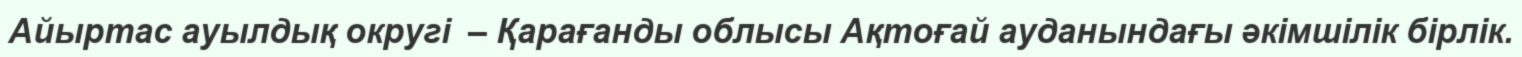
Айыртас ауылдық округі  – Қарағанды облысы Ақтоғай ауданындағы әкімшілік бірлік.